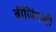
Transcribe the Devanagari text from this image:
बीजिंगशी